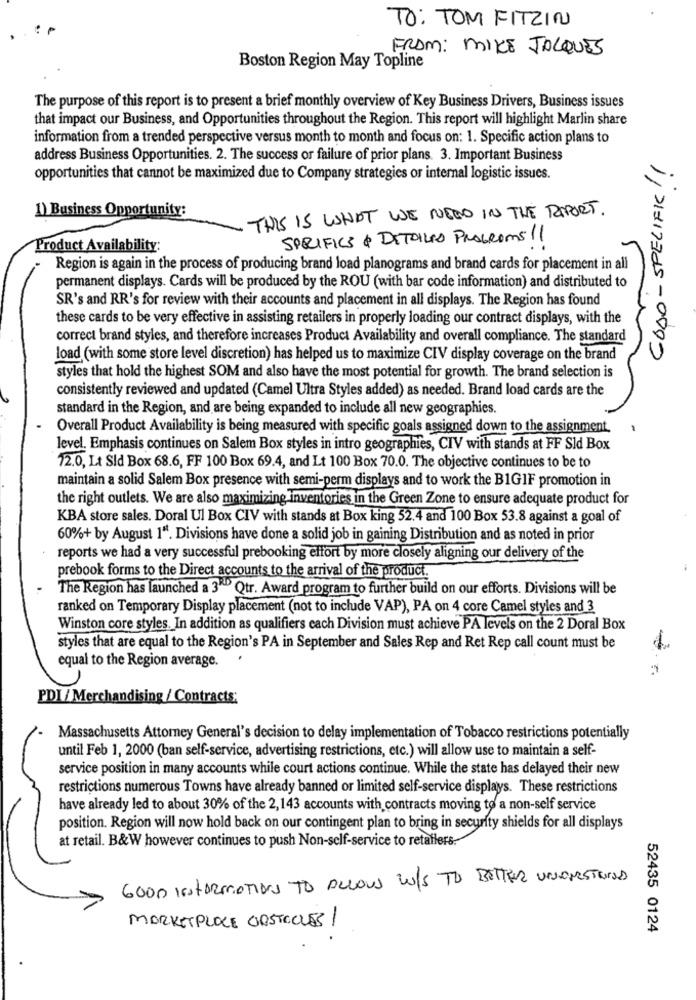
: P
TO: TOM FITZIN
FRAM: MIKE JACQUES
Boston Region May Topline
The purpose of this report is to present a brief monthly overview of Key Business Drivers, Business issues
that impact our Business, and Opportunities throughout the Region. This report will highlight Marlin share
information from a trended perspective versus month to month and focus on: 1. Specific action plans to
address Business Opportunities. 2. The success or failure of prior plans. 3. Important Business
GOOD-SPECIFIC !!
opportunities that cannot be maximized due to Company strategies or internal logistic issues.
1) Business Opportunity:
THIS IS WHAT WE NEED IN THE RAPPORT.
SPECIFICS & DETAILED PROGRAMS//
Product Availability:
Region is again in the process of producing brand load planograms and brand cards for placement in all
permanent displays. Cards will be produced by the ROU (with bar code information) and distributed to
SR's and RR's for review with their accounts and placement in all displays. The Region has found
these cards to be very effective in assisting retailers in properly loading our contract displays, with the
correct brand styles, and therefore increases Product Availability and overall compliance. The standard
load (with some store level discretion) has helped us to maximize CIV display coverage on the brand
styles that hold the highest SOM and also have the most potential for growth. The brand selection is
consistently reviewed and updated (Camel Ultra Styles added) as needed. Brand load cards are the
standard in the Region, and are being expanded to include all new geographies.
Overall Product Availability is being measured with specific goals assigned down to the assignment.
-
level. Emphasis continues on Salem Box styles in intro geographies, CIV with stands at FF Sld Box
72.0, Lt Sld Box 68.6, FF 100 Box 69.4, and Lt 100 Box 70.0. The objective continues to be to
maintain a solid Salem Box presence with semi-perm displays and to work the BIGIF promotion in
the right outlets. We are also maximizing inventories in the Green Zone to ensure adequate product for
KBA store sales. Doral Ul Box CIV with stands at Box king 52.4 and 100 Box 53.8 against a goal of
60%+ by August 1". Divisions have done a solid job in gaining Distribution and as noted in prior
reports we had a very successful prebooking effort by more closely aligning our delivery of the
prebook forms to the Direct accounts to the arrival of the product.
The Region has launched a 3"" Qtr. Award program to further build on our efforts. Divisions will be
ranked on Temporary Display placement (not to include VAP), PA on 4 core Camel styles and 3
Winston core styles. In addition as qualifiers cach Division must achieve PA levels on the 2 Doral Box
styles that are equal to the Region's PA in September and Sales Rep and Ret Rep call count must be
equal to the Region average.
PDI / Merchandising / Contracts:
Massachusetts Attorney General's decision to delay implementation of Tobacco restrictions potentially
until Feb 1, 2000 (ban self-service, advertising restrictions, etc.) will allow use to maintain a self-
service position in many accounts while court actions continue. While the state has delayed their new
restrictions numerous Towns have already banned or limited self-service displays. These restrictions
have already led to about 30% of the 2,143 accounts with contracts moving to a non-self service
position. Region will now hold back on our contingent plan to bring in security shields for all displays
at retail. B&W however continues to push Non-self-service to retailers.
GOOD INSTARMOTIONS TO ACCOUS WIS TO BETTER UNIONESTOLD
MARKETPLACE OBSTACLES
52435 0124